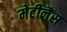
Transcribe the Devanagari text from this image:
मेटीनैंस